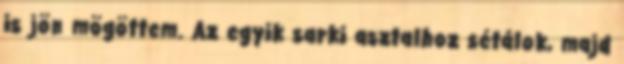
is jön mögöttem. Az egyik sarki asztalhoz sétálok, majd